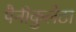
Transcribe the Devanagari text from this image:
पैनीकुलेटा